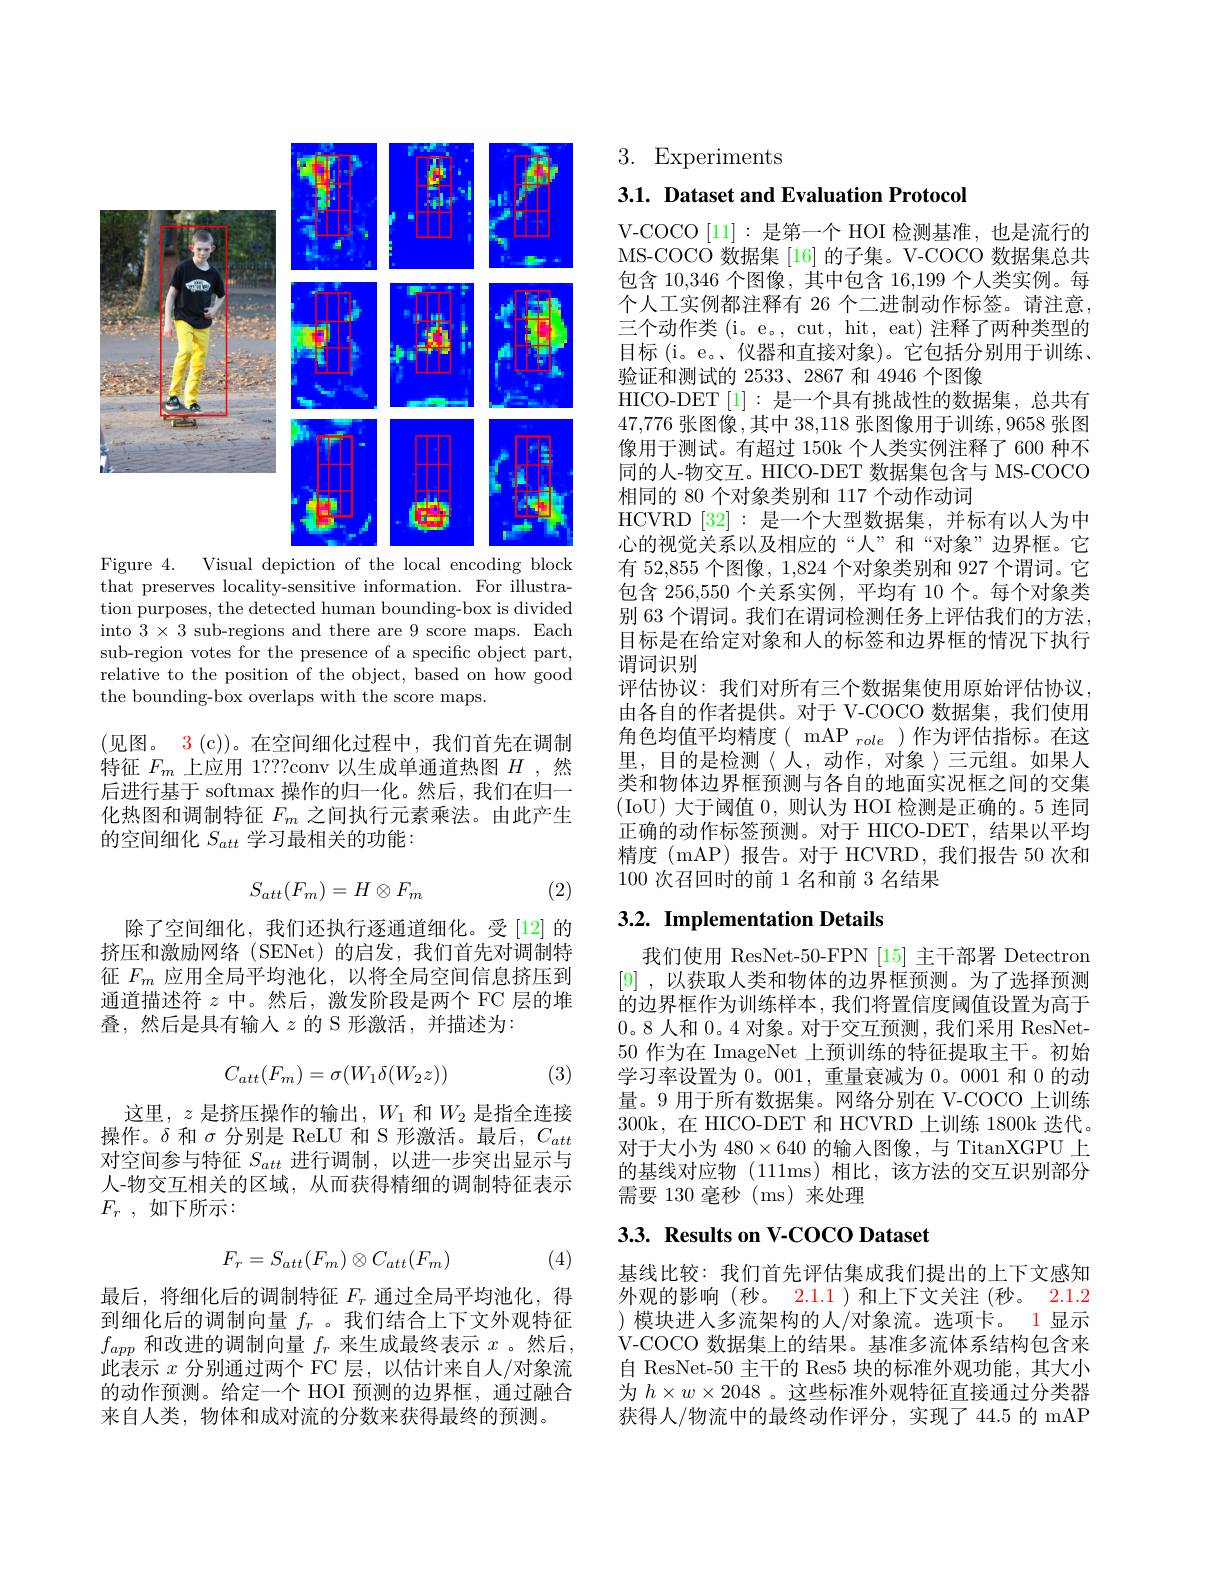
<FigureHere>
Figure 4. Visual depiction of the local encoding block

that preserves locality-sensitive information. For illustration purposes, the detected human bounding-box is divided into $3\times3$ sub-regions and there are 9 score maps. Each sub-region votes for the presence of a specific object part, relative to the position of the object, based on how good the bounding-box overlaps with the score maps.

(见图。3(c))。在空间细化过程中，我们首先在调制特征$F_m$上应用 1???conv 以生成单通道热图$H$ ,然后进行基于 softmax 操作的归一化。然后，我们在归一化热图和调制特征$F_m$之间执行元素乘法。由此产生的空间细化$S_{att}$学习最相关的功能：
$$S_{att}(F_m)=H\otimes F_m$$
(2)

除了空间细化，我们还执行逐通道细化。受[12]的挤压和激励网络(SENet)的启发，我们首先对调制特征$F_m$应用全局平均池化，以将全局空间信息挤压到通道描述符$z$中。然后，激发阶段是两个 FC 层的堆叠，然后是具有输入$z$的 S 形激活，并描述为：
$$C_{att}(F_m)=\sigma(W_1\delta(W_2z))$$
(3)

这里，$z$是挤压操作的输出，$W_1$和$W_2$是指全连接操作。$\delta$和$\sigma$分别是 ReLU 和 S 形激活。最后，$C_att$ 对空间参与特征$S_{att}$进行调制，以进一步突出显示与人-物交互相关的区域，从而获得精细的调制特征表示$F_r$ , 如下所示：
$$F_r=S_{att}(F_m)\otimes C_{att}(F_m)$$
(4)

最后，将细化后的调制特征$F_r$通过全局平均池化，得到细化后的调制向量$f_r$ 。我们结合上下文外观特征$f_{app}$和改进的调制向量$f_r$来生成最终表示$x$。然后， 此表示$x$分别通过两个 FC 层，以估计来自人/对象流的动作预测。给定一个 HOI 预测的边界框，通过融合来自人类，物体和成对流的分数来获得最终的预测。

3. Experiments

3.1. Dataset and Evaluation Protocol

V-COCO[11]:是第一个 HOI 检测基准，也是流行的MS-COCO 数据集 [16] 的子集。V-COCO 数据集总共包含 10,346 个图像，其中包含 16,199 个人类实例。每个人工实例都注释有 26 个二进制动作标签。请注意， 三个动作类 (i。e。, cut, hit, eat) 注释了两种类型的目标 (i。e。、仪器和直接对象)。它包括分别用于训练、 验证和测试的 2533、2867 和 4946 个图像
HICO-DET[1]:是一个具有挑战性的数据集，总共有47,776 张 图 像 ,其 中 38, 118 张 图 像 用 于 训 练 ,9658 张 图 像 用 于 测 试 。有 超 过 150k 个 人 类 实 例 注 释 了 600 种 不同的人-物交互。HICO-DET 数据集包含与 MS-COCO 相同的 80 个对象类别和 117 个动作动词
HCVRD [32]:是一个大型数据集，并标有以人为中心的视觉关系以及相应的“人”和“对象”边界框。它有 52,855 个图像 , 1,824 个对象类别和 927 个谓词。它包含 256,550 个关系实例，平均有 10 个。每个对象类别 63 个谓词。我们在谓词检测任务上评估我们的方法， 目标是在给定对象和人的标签和边界框的情况下执行谓词识别
评估协议：我们对所有三个数据集使用原始评估协议， 由各自的作者提供。对于 V-COCO 数据集，我们使用角色均值平均精度( mAP $_role$)作为评估指标。在这里，目的是检测〈人，动作，对象〉三元组。如果人类和物体边界框预测与各自的地面实况框之间的交集(IoU)大于阈值 0,则认为 HOI 检测是正确的。5 连同正确的动作标签预测。对于 HICO-DET,结果以平均精度 (mAP)报告。对于 HCVRD,我们报告 50 次和100次召回时的前 1名和前 3 名结果

## 3.2. Implementation Details

我们使用 ResNet-50-FPN [15]主干部署 Detectron [9] ,以获取人类和物体的边界框预测。为了选择预测的边界框作为训练样本，我们将置信度阈值设置为高于0。8 人和0。4 对象。对于交互预测，我们采用 ResNet- 50 作为在 ImageNet 上预训练的特征提取主干。初始学习率设置为0。001,重量衰减为0。0001 和 0 的动量。9 用于所有数据集。网络分别在 V-COCO 上训练300k,在 HICO-DET 和 HCVRD 上训练 1800k 迭代。对于大小为 480$\times640$的输入图像，与 TitanXGPU 上的基线对应物 (111ms)相比，该方法的交互识别部分需要 130 毫秒 (ms)来处理

## 3.3. Results on V-COCO Dataset

基线比较：我们首先评估集成我们提出的上下文感知外观的影响(秒。2.1.1)和上下文关注(秒。2.1.2 ) 模块进入多流架构的人/对象流。选项卡。1 显示V-COCO 数据集上的结果。基准多流体系结构包含来自 ResNet-50 主干的 Res5 块的标准外观功能，其大小为$h\times w\times2048$ 。这些标准外观特征直接通过分类器获得人/物流中的最终动作评分，实现了44.5 的 mAP